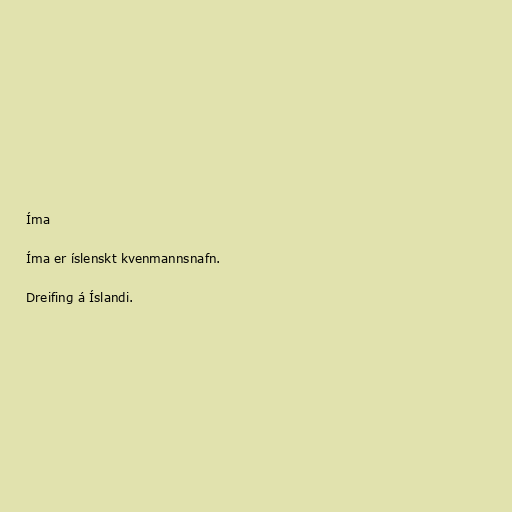
Íma

Íma er íslenskt kvenmannsnafn.

Dreifing á Íslandi.